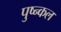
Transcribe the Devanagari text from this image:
पुष्न्कल